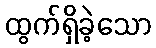
ထွက်ရှိခဲ့သော